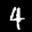
Label: 4